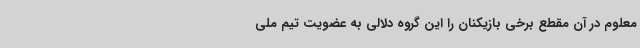
معلوم در آن مقطع برخی بازیکنان را این گروه دلالی به عضویت تیم ملی